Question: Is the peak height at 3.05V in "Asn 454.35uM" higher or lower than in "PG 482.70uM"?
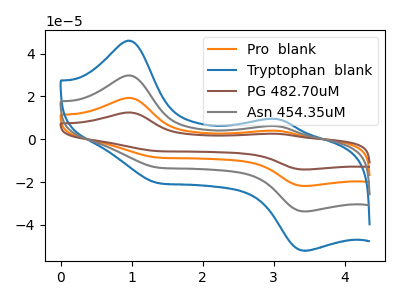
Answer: <think>The orange curve "Pro  blank" has anodic peaks at (1.00V, 59.60uA) (3.05V, 12.25uA) and cathodic peaks at (1.35V, -26.25uA) (3.45V, -67.45uA). The blue curve "Tryptophan  blank" has anodic peaks at (1.00V, 46.00uA) (3.05V, 9.45uA) and cathodic peaks at (1.35V, -20.25uA) (3.45V, -52.05uA). The brown curve "PG 482.70uM" has anodic peaks at (1.00V, 89.40uA) (3.05V, 18.40uA) and cathodic peaks at (1.35V, -39.40uA) (3.45V, -101.15uA). The gray curve "Asn 454.35uM" has anodic peaks at (1.00V, 29.80uA) (3.05V, 6.15uA) and cathodic peaks at (1.35V, -13.15uA) (3.45V, -33.70uA).</think>
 <answer>The peak at 3.05V is lower in "Asn 454.35uM" than in "PG 482.70uM".</answer>
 <eval>lower</eval>